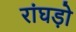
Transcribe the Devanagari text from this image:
रांघड़ो